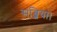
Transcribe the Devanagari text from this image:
सब्जियां।